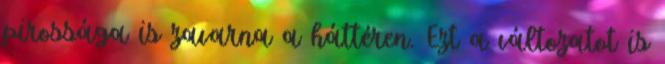
pirossága is zavarna a háttéren. Ezt a változatot is